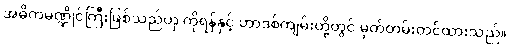
အဓိကမဏ္ဍိုင်ကြီးဖြစ်သည်ဟု ကိုရန်နှင့် ဟာဒစ်ကျမ်းတို့တွင် မှတ်တမ်းတင်ထားသည်။